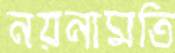
নয়নামতি